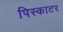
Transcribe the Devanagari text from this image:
पिस्काटर